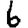
Digit: 6